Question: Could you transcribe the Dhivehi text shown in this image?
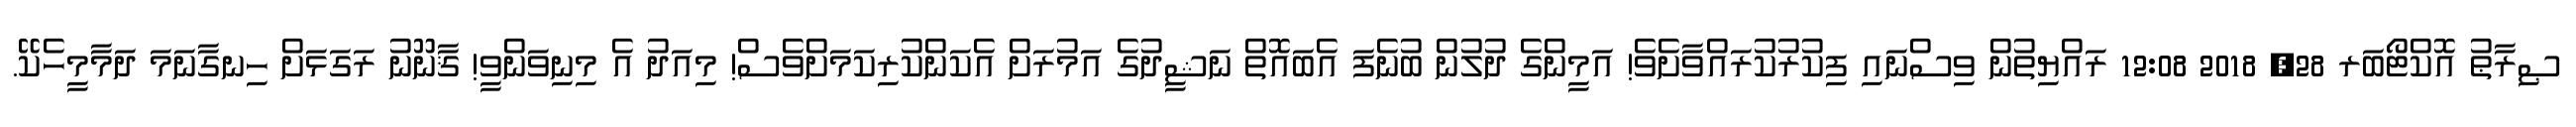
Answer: ޞިރާޠު އޮކްޓޯބަރ 28, 2018 12:08 ރައްޔިތުން ވިސްނައި ފިކުރުކުރައްވާށެވެ! އަމީންގެ ދުލުން ބުނެފަ އެބައޮތް ނަޝީދުގެ އަމުރަށް އެކަންކުރިކަމަށްވެސް! މިއަދު އެ މިނިވަންވީ! ޤާނޫނު ރަގަޅަށް ހިނގާނަމަ ދަމާމީހެކޭ.